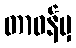
တာဝန်မှ